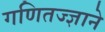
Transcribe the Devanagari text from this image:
गणितज्ज्ञाने